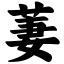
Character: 萋